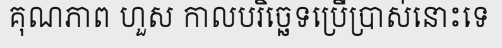
គុណភាព ហួស កាលបរិច្ឆេទប្រើប្រាស់នោះទេ